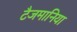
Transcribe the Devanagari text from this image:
टैजमानिया